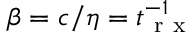
\beta = c / \eta = t _ { \mathrm { ~ r ~ x ~ } } ^ { - 1 }